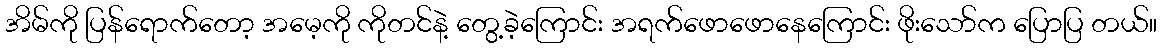
အိမ်ကို ပြန်ရောက်တော့ အမေ့ကို ကိုတင်နဲ့ တွေ့ခဲ့ကြောင်း အရက်ဖောဖောနေကြောင်း ဖိုးသော်က ပြောပြ တယ်။